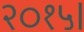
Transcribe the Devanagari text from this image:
२०१५।